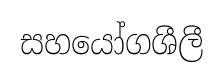
සහයෝගශීලී